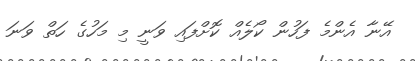
އޭނާ އެންމެ ފަހުން ކޯލެއް ކޮށްފައި ވަނީ މި މަހުގެ ހަތް ވަނަ